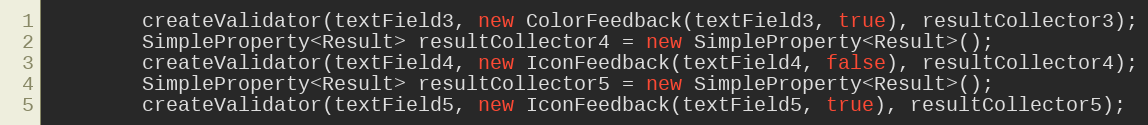
Language: Java
        createValidator(textField3, new ColorFeedback(textField3, true), resultCollector3);
        SimpleProperty<Result> resultCollector4 = new SimpleProperty<Result>();
        createValidator(textField4, new IconFeedback(textField4, false), resultCollector4);
        SimpleProperty<Result> resultCollector5 = new SimpleProperty<Result>();
        createValidator(textField5, new IconFeedback(textField5, true), resultCollector5);